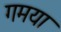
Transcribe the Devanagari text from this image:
गमया